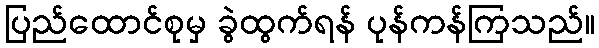
ပြည်ထောင်စုမှ ခွဲထွက်ရန် ပုန်ကန်ကြသည်။